Civil Veterinary Dept. Bombay admin report 1907-1913 - 1907-1913
Year: 1907
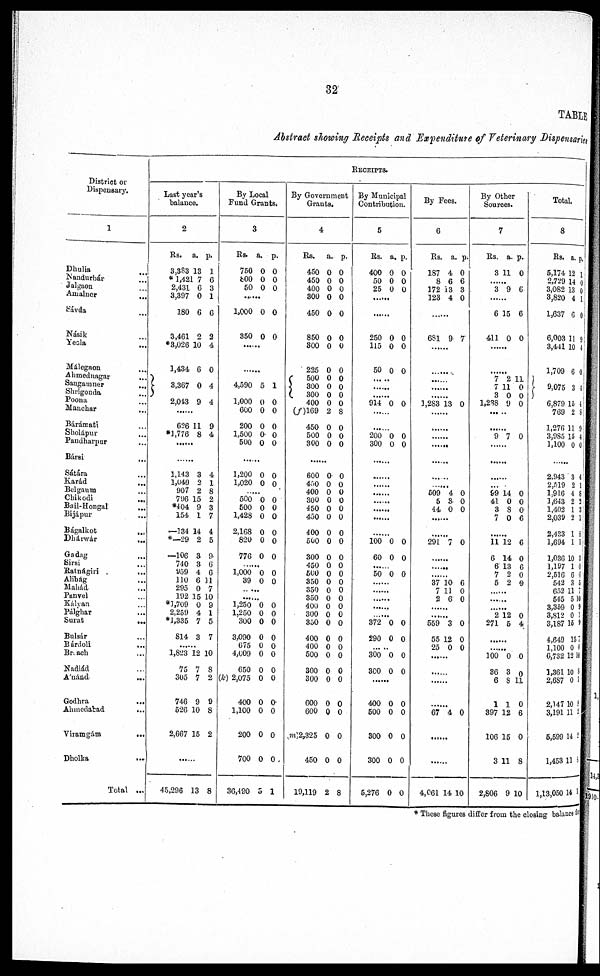
32
TABLE
Abstract showing Receipts and Expenditure of Veterinary Dispensary
District or
Dispensary.
1
Dhulia ...
Nandurbár ...
Jalgaon ...
Amalner ...
Sávda ...
Násik ...
Yeola ...
Málegaon ...
Ahmednagar ...
Sangamner ...
Shrigouda ...
Poona ...
Manchar ...
Bárámati ...
Sholápur ...
Pandharpur ...
Bársi ...
Sátára ...
Karád ...
Belgaum ...
Chikodi ...
Bail-Hongal ...
Bijápur ...
Bágalkot ...
Dhárwár ...
Gadag ...
Sirsi ...
Ratnágiri ...
Alibág ...
Mahád ...
Panvel ...
Kályan ...
Pálghar ...
Surat ...
Bulsár ...
Bárdoli ...
Breach ...
Nadiád ...
A'nánd ...
Godhra ...
Ahmedabad ...
Viramgám ...
Dholka ...
Total ...
RECEIPTS.
Last year' s balance.
2
Rs.
3,383
* 1,421
2,431
3,397
180
3,461
*3,026
1,434
3,367
2,043
..
626
*1,776
a.
13
7
6
0
6
2
10
6
0
9
..
11
8
p.
1
6
3
1
6
2
4
0
4
4
..
9
4
..
..
..
..
..
..
1,143
1,049
907
796
*404
154
—134
*—29
—106
740
959
110
295
192
*1,709
2,259
*1,335
814
3
2
2
15
9
1
14
2
3
3
4
6
0
15
0
4
7
3
4
1
8
2
3
7
4
5
9
6
6
11
7
10
9
1
5
7
..
..
..
1,823
75
305
746
526
2,667
12
7
7
9
10
15
10
8
2
9
8
2
..
..
..
45,296 13 8
By Local
Fund Grants.
3
Rs.
750
800
50
a.
0
0
0
p.
0
0
0
..
..
..
1,000
350
0
0
0
0
..
..
..
..
..
.. 4,590
1,000
600
200
1,500
500
5
0
0
0
0
0
1
0
0
0
0
0
..
..
..
1,200
1,020
..
500
500
1,428
2,168
820
776
..
1,000
39
..
..
1,250
1,250
300
3,090
675
4,009
650
(k) 2,075
400
1,100
200
700
36,490
0
0
..
0
0
0
0
0
0
..
0
0
..
..
0
0
0
0
0
0
0
0
0
0
0
0
3
0
0
..
0
0
0
0
0
0
..
0
0
..
..
0
0
0
0
0
0
0
0
0
0
0
0
1
By Government
Grants.
4
Rs.
450
450
400
300
450
850
300
225
500
300
300
400
(f)169
450
500
300
a.
0
0
0
0
0
0
0
0
0
0
0
0
2
0
0
0
p.
0
0
0
0
0
0
0
0
0
0
0
0
8
0
0
0
..
..
..
600
450
400
300
450
450
400
500
300
450
500
350
350
350
400
300
350
400
400
500
300
300
600
600
(m)2,325
450
19,119
0
0
0
0
0
0
0
0
0
0
0
0
0
0
0
0
0
0
0
0
0
0
0
0
0
0
2
0
0
0
0
0
0
0
0
0
0
0
0
0
0
0
0
0
0
0
0
0
0
0
0
0
0
8
By Municipal
Contribution.
5
Rs.
400
50
25
a.
0
0
0
p.
0
0
0
..
..
..
..
..
.. 250
115
50
0
0
0
0
0
0
..
..
..
..
.. ..
..
914 0 0
..
..
..
..
..
..
200
300
0
0
0
0
..
..
..
..
..
..
..
..
..
..
..
..
..
..
..
..
..
..
..
..
..
..
..
..
100
60
0
0
0
0
..
..
..
50 0 0
..
..
..
..
..
..
..
..
..
..
..
..
..
..
..
372
290
0
0
0
0
..
..
..
300
300
0
0
0
0
..
..
.. 400
500
300
300
5,276
0
0
0
0
0
0
0
0
0
0
By Fees.
6
Rs.
187
8
172
123
a.
4
6
13
4
p.
0
6
3
0
..
..
.. 681 9 7
..
..
..
..
..
..
..
..
..
..
..
..
..
..
..
1,283 13 0
..
..
..
..
..
..
..
..
..
..
..
..
..
..
..
..
..
..
..
..
..
509
5
44
4
3
0
0
0
0
..
..
..
..
..
..
291 7 0
..
..
..
..
..
..
..
..
..
37
7
2
10
11
6
6
0
0
..
..
..
..
..
..
559
55
25
3
12
0
0
0
0
..
..
..
..
..
..
..
..
..
..
..
..
67 4 0
..
..
..
..
..
..
4,061 14 10
By Other
Sources.
7
Rs.
3
a.
11
p.
0
..
..
..
3 9 6
..
..
..
6
411
15
0
6
0
..
..
..
..
..
..
7
7
3
1,238
2 11
11
0
9
0
0
0
..
..
..
..
9
..
7
..
0
..
..
..
..
..
..
..
..
..
..
69
41
3
7
..
14
0
8
0
..
0
0
0
6
..
..
..
11
6
6
7
5
12
14
13
2
2
6
0
6
0
0
..
..
..
..
..
..
..
..
..
2
271
12
5
0
4
……
……
100
36
6
1
397
106
3
2,806
0
3
8
1
12
15
11
9
0
0
11
0
6
0
8
10
Total.
8
Rs.
5,174
2,729
3,082
3,820
1,637
6,003
3,441
1,709
9,075
6,879
769
1,276
3,985
1,100
a.
12
14
13
4
6
11
10
6
3
15
2
11
15
0
...
...
2,943
2,519
1,916
1,643
1,402
2,039
2,433
1,694
1,036
1,197
2,516
542
652
545
3,369
3,S12
3,187
4,649
1,100
6,732
1,361
2,687
2,147
3,191 11
5,599
1,453
1,13,050
3
2
4
2
1
2
1
11
101
16
66
35
117
510
09
01
159
157
00
1210
108
01
109
2
142
115
144
* These figures differ from the closing balance for